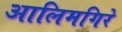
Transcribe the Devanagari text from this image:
आलिमगिरे